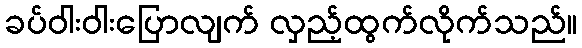
ခပ်ဝါးဝါးပြောလျက် လှည့်ထွက်လိုက်သည်။